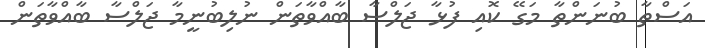
އަސްތާ ބުނަންތާ މަގޭ ކޮއި ފުޅާ ޖަލްސާ ބާއްވާތަން ނުލިބުނީމާ ޖަލްސާ ބާއްވާތަން